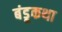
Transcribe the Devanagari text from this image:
बंडूकथा